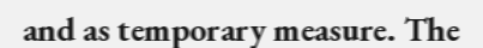
and as temporary measure. The